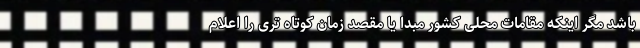
باشد مگر اینکه مقامات محلی کشور مبدا یا مقصد زمان کوتاه تری را اعلام